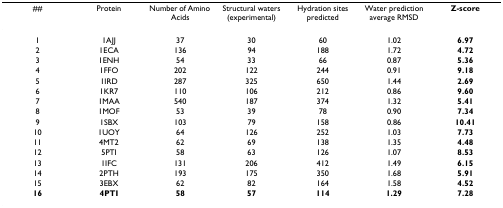
| ## | Protein | Number of Amino Acids | Structural waters (experimental) | Hydration sites predicted | Water prediction average RMSD | Z-score |
 | --- | --- | --- | --- | --- | --- | --- |
 | 1 | 1AJJ | 37 | 30 | 60 | 1.02 | 6.97 |
 | 2 | 1ECA | 136 | 94 | 188 | 1.72 | 4.72 |
 | 3 | 1ENH | 54 | 33 | 66 | 0.87 | 5.36 |
 | 4 | 1FFO | 202 | 122 | 244 | 0.91 | 9.18 |
 | 5 | 1IRD | 287 | 325 | 650 | 1.44 | 2.69 |
 | 6 | 1KR7 | 110 | 106 | 212 | 0.86 | 9.60 |
 | 7 | 1MAA | 540 | 187 | 374 | 1.32 | 5.41 |
 | 8 | 1MOF | 53 | 39 | 78 | 0.90 | 7.34 |
 | 9 | 1SBX | 103 | 79 | 158 | 0.86 | 10.41 |
 | 10 | 1UOY | 64 | 126 | 252 | 1.03 | 7.73 |
 | 11 | 4MT2 | 62 | 69 | 138 | 1.35 | 4.48 |
 | 12 | 5PTI | 58 | 63 | 126 | 1.07 | 8.53 |
 | 13 | 1IFC | 131 | 206 | 412 | 1.49 | 6.15 |
 | 14 | 2PTH | 193 | 175 | 350 | 1.68 | 5.91 |
 | 15 | 3EBX | 62 | 82 | 164 | 1.58 | 4.52 |
 | 16 | 4PTI | 58 | 57 | 114 | 1.29 | 7.28 |